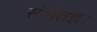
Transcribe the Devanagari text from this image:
संगीतज्ञ।